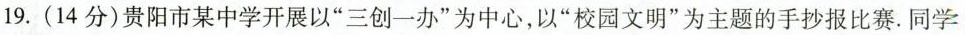
19.(14分)贵阳市某中学开展以”三创一办”为中心，以”校园文明”为主题的手抄报比赛.同学